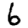
Digit: 6